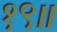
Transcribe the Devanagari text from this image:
१९॥